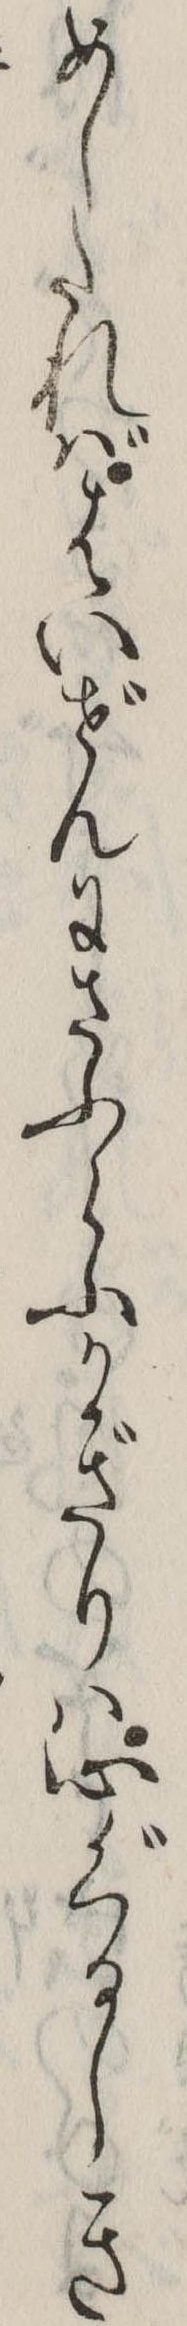
めしたればはいぜんにさふらふかぎりは心ぐるしき